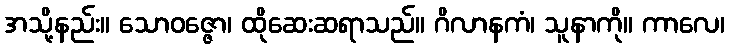
အသို့နည်း။ သောဝဇ္ဇော၊ ထိုဆေးဆရာသည်။ ဂိလာနကံ၊ သူနာကို။ ကာလေ၊